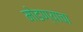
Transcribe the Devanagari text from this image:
मोडण्याचा